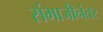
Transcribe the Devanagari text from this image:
संभाजीनंतर